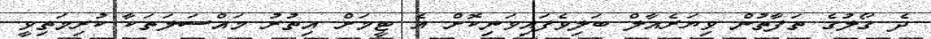
ދެ ގޯލުގެ ތަފާތުން ވިޔަރެއާލް ބަލިވެފައިވަނިކޮށް އެ ޓީމަށް އިތުރު މައްސަލަތަކާ ކުރިމަތިވީ